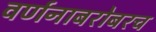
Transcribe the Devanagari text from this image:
वर्णनाबरोबरच